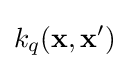
k_{q}(\mathbf {x} ,\mathbf {x} ')